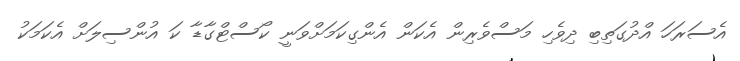
އެސަރަހަ އްދުގަތިބި ދިވެހި މަސްވެރިން އެކަން އެންގިކަމަށްވަނީ ކޯސްޓްގާޑާ ކަ އުންސިލަށް އެކަމަކު